Annual report of the Punjab Veterinary College and of the Civil Veterinary Department, Punjab - 1926-1932
Year: 1926
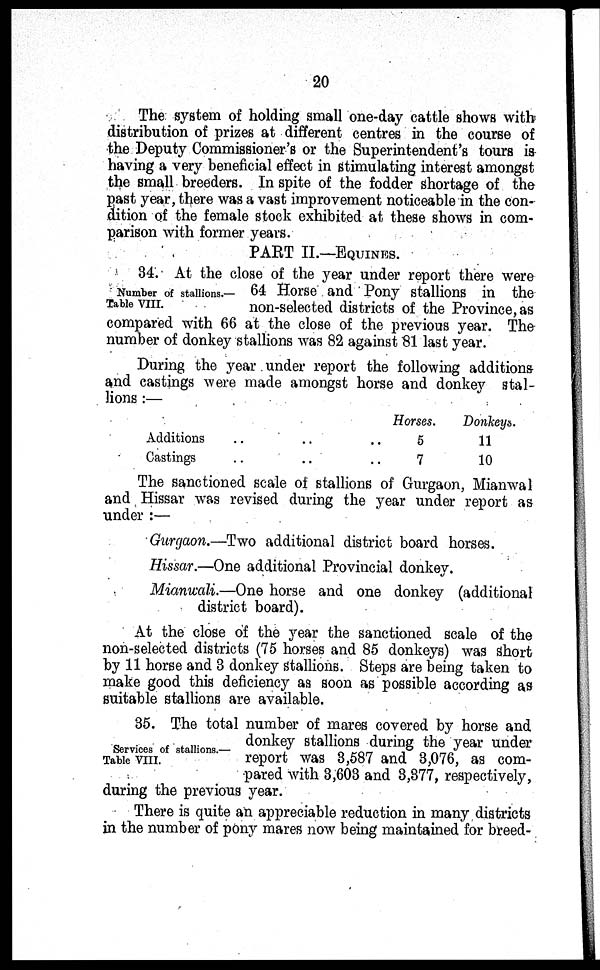
20
The system of holding small one-day cattle shows with
distribution of prizes at different centres in the course of
the Deputy Commissioner's or the Superintendent's tours is
having a very beneficial effect in stimulating interest amongst
the small breeders. In spite of the fodder shortage of the
past year, there was a vast improvement noticeable in the con-
dition of the female stock exhibited at these shows in com-
parison with former years.
PART II.—EQUINES.
Number of stallions.—
Table VIII.
34. At the close of the year under report there were
64 Horse and Pony stallions in the
non-selected districts of the Province, as
compared with 66 at the close of the previous year. The
number of donkey stallions was 82 against 81 last year.
During the year under report the following additions-
and castings were made amongst horse and donkey stal-
lions :—
Additions .. .. .. ..
Castings .. .. .. ..
Horses.
5
7
Donkeys.
11
10
The sanctioned scale of stallions of Gurgaon, Mianwal
and Hissar was revised during the year under report as
under :—
Gurgaon.—Two additional district board horses.
Hissar.—One additional Provincial donkey.
Mianwali.—One horse and one donkey (additional
district board).
At the close of the year the sanctioned scale of the
non-selected districts (75 horses and 85 donkeys) was Short
by 11 horse and 3 donkey stallions. Steps are being taken to
make good this deficiency as soon as possible according as
suitable stallions are available.
Services of stallions.—
Table VIII.
35. The total number of mares covered by horse and
donkey stallions during the year under
report was 3,587 and 3,076, as com-
pared with 3,603 and 3,377, respectively,
during the previous year.
There is quite an appreciable reduction in many districts
in the number of pony mares now being maintained for breed-